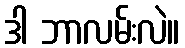
ဒါ ဘာလမ်းလဲ။